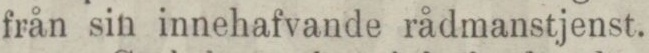
från sin innehafvande rådmanstjenst.